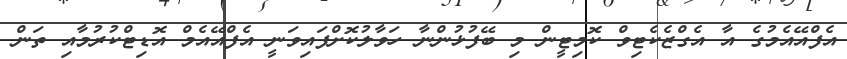
އެފްއޭއެމުގެ އާ އެގްޒެކެޓިވް ކޮމިޓީން މި ބޭފުޅުންނާ ހަވާލުކޮށްފައިވަނީ އެފްއޭއެމް އޮޑިޓްކުރުމާއި ތަން